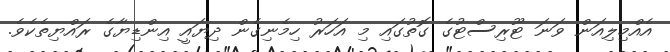
އެއްމިލިއަން ވަނަ ޓޫރިސްޓުގެ ގޮތުގައި މި އަހަރު ހިމެނިގެން ދިޔައީ އިންޑިޔާގެ ރައްޔިތެކެވެ.